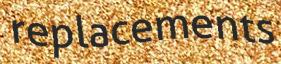
replacements